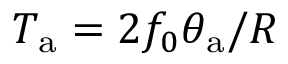
T _ { \mathrm { a } } = 2 f _ { 0 } \theta _ { \mathrm { a } } / R